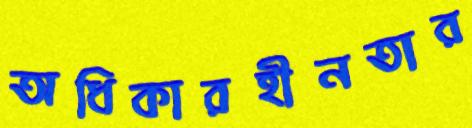
অধিকারহীনতার